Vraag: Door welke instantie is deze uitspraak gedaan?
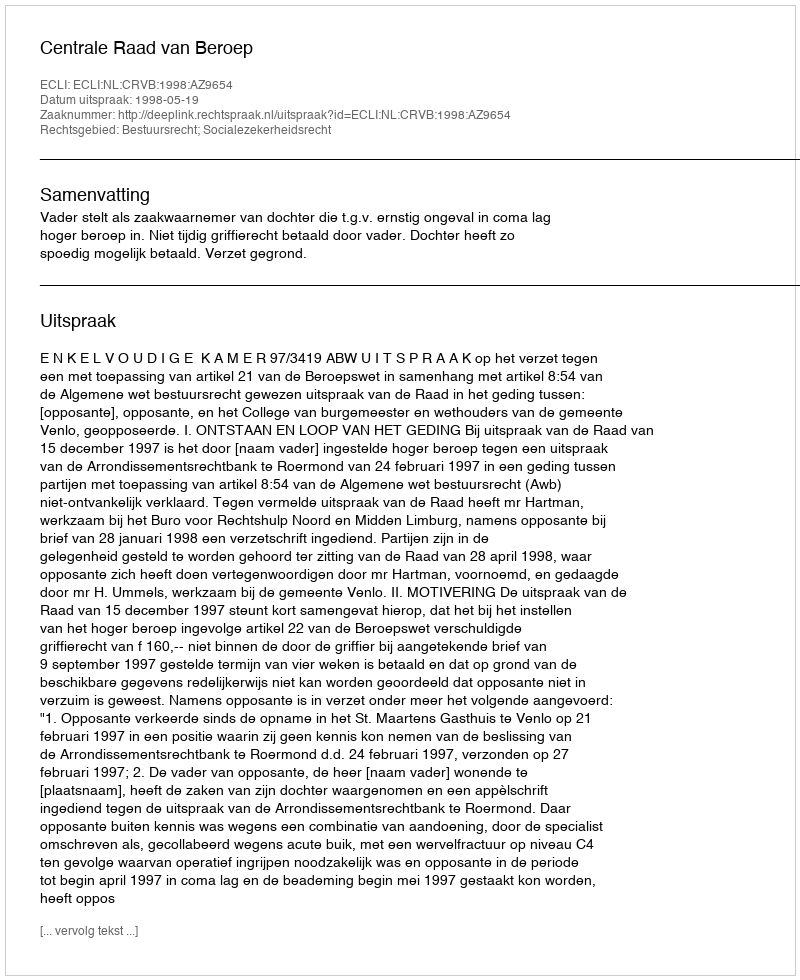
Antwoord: Centrale Raad van Beroep